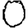
Digit: 0